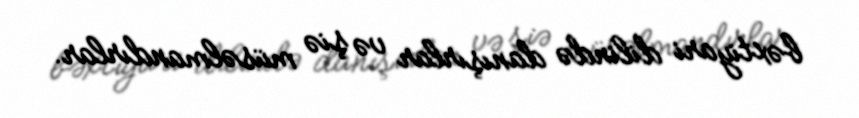
bəxtiyari dilində danışırlar və şiə müsəlmandırlar.